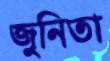
জুনিতা